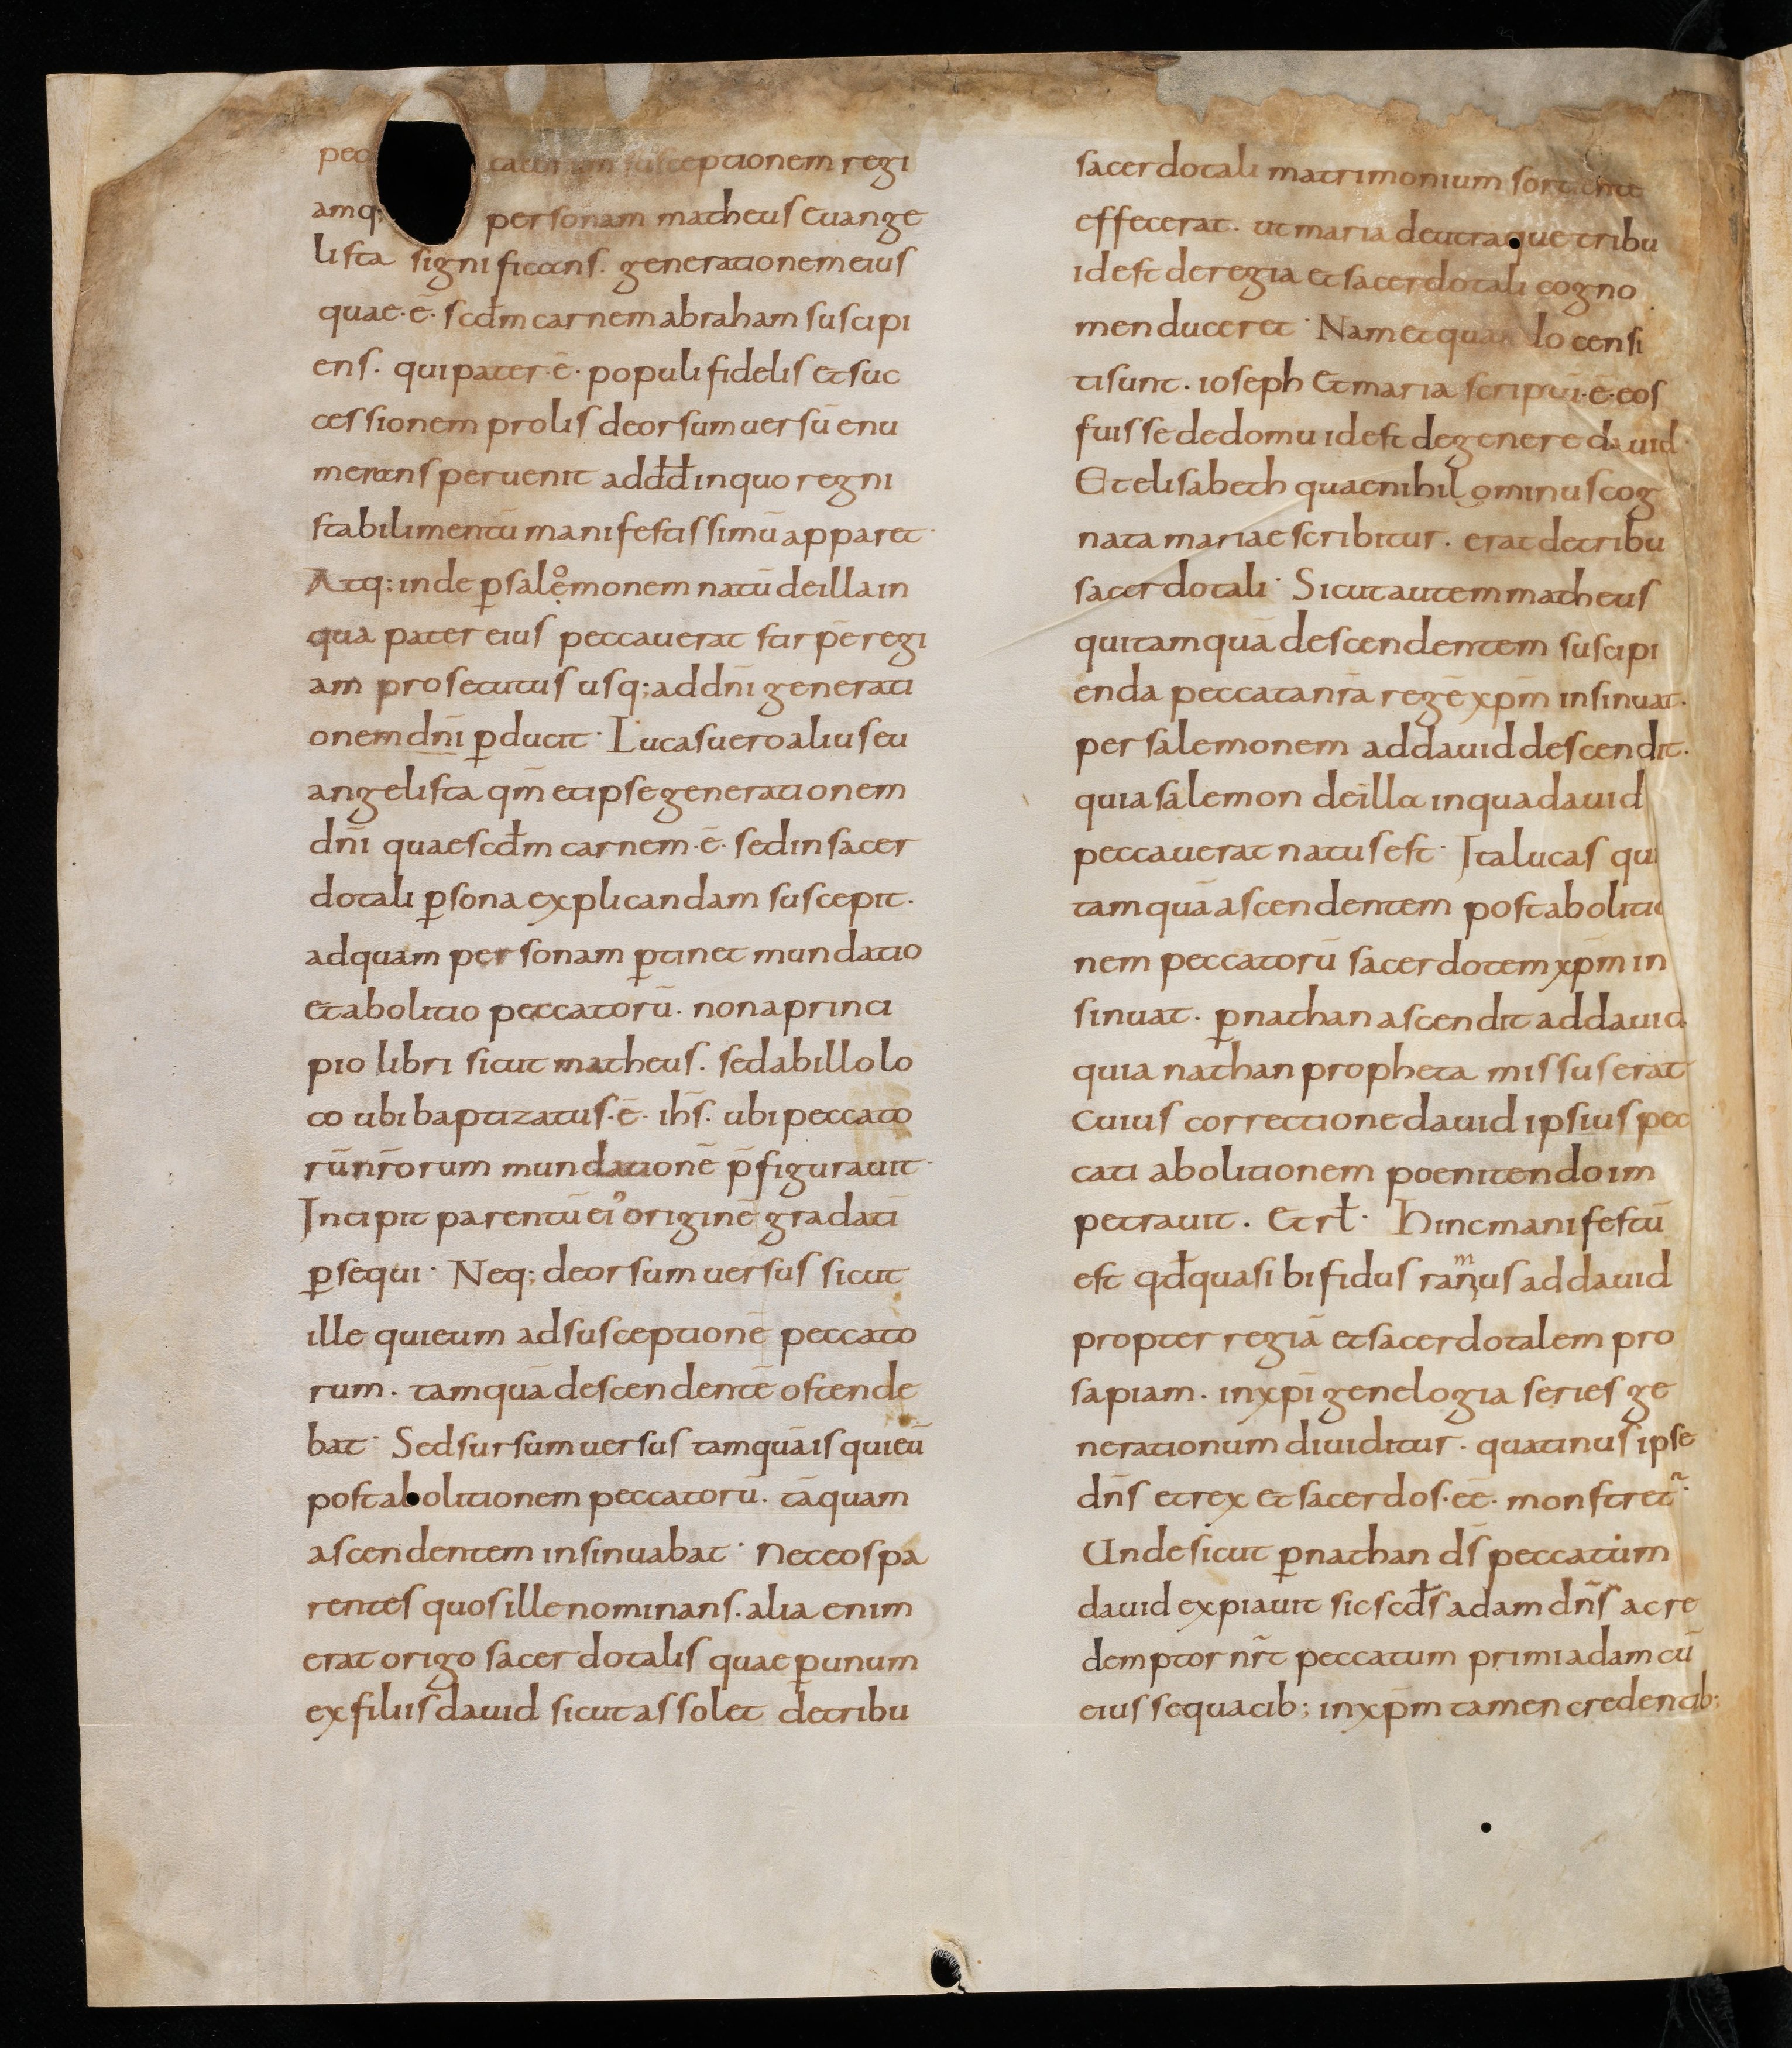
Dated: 867–899